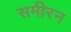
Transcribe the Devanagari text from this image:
समीरन